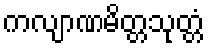
ကလျာဏမိတ္တသုတ္တံ